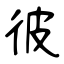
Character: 彼